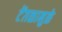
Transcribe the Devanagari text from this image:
टेंग़ळामुळे